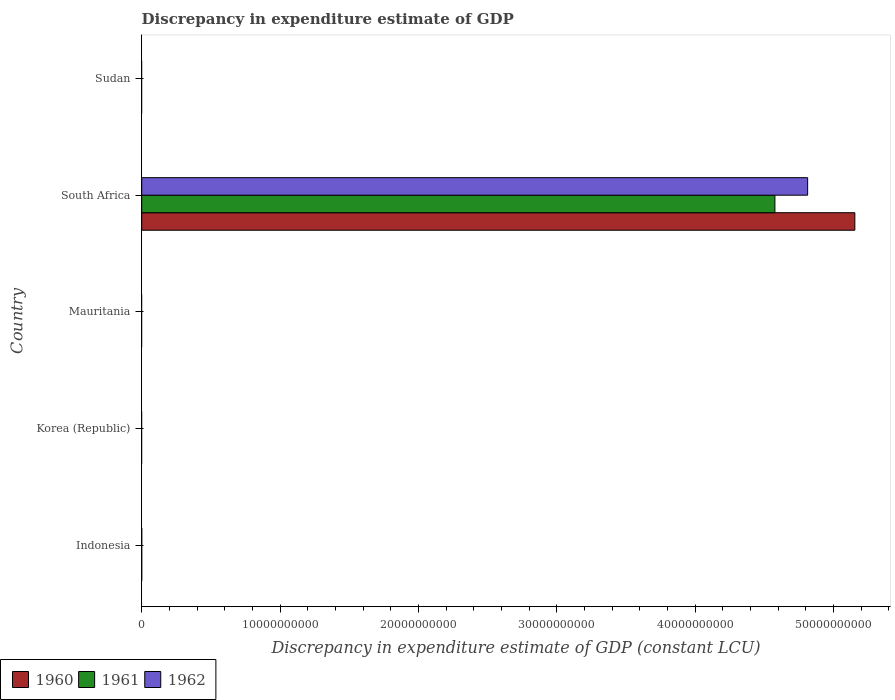
| Country | 1960 | 1961 | 1962 |
 | --- | --- | --- | --- |
 | Indonesia | -2.23e+06 | -2.42e+06 | -1.4e+06 |
 | Korea (Republic) | -1.64e+13 | -1.66e+13 | -1.73e+13 |
 | Mauritania | -6.24e+12 | -1.32e+13 | -1.6e+13 |
 | South Africa | 5.15e+10 | 4.58e+10 | 4.81e+10 |
 | Sudan | -6.55e+08 | -4.47e+08 | -4.68e+08 |